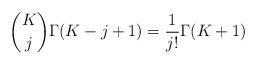
LaTeX: \begin{align*}\binom{K}{j}\Gamma(K-j+1)=\frac{1}{j!}\Gamma(K+1)\end{align*}